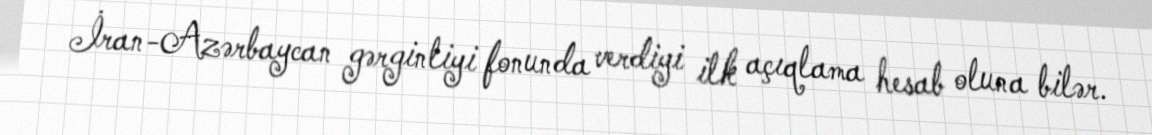
İran-Azərbaycan gərginliyi fonunda verdiyi ilk açıqlama hesab oluna bilər.